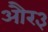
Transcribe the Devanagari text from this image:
और३